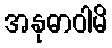
အနုဓာဝါမိ